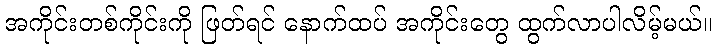
အကိုင်းတစ်ကိုင်းကို ဖြတ်ရင် နောက်ထပ် အကိုင်းတွေ ထွက်လာပါလိမ့်မယ်။